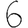
Digit: 6